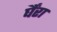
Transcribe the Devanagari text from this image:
र्घैंरा